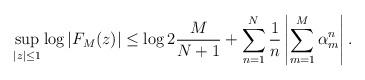
LaTeX: \begin{align*} \sup_{|z| \leq 1} \log | F_M(z) | \leq \log{2} \frac{M}{N+1} + \sum_{n=1}^N \frac{1}{n} \left| \sum_{m=1}^M \alpha_m^n \right|. \end{align*}